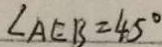
\angle A E B = 4 5 ^ { \circ }